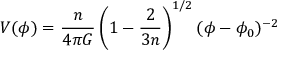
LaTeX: V ( \phi ) = { \frac { n } { 4 \pi G } } \left( 1 - { \frac { 2 } { 3 n } } \right) ^ { 1 / 2 } ( \phi - \phi _ { 0 } ) ^ { - 2 }